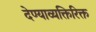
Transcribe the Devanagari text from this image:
देण्याव्यक्तिरिक्त